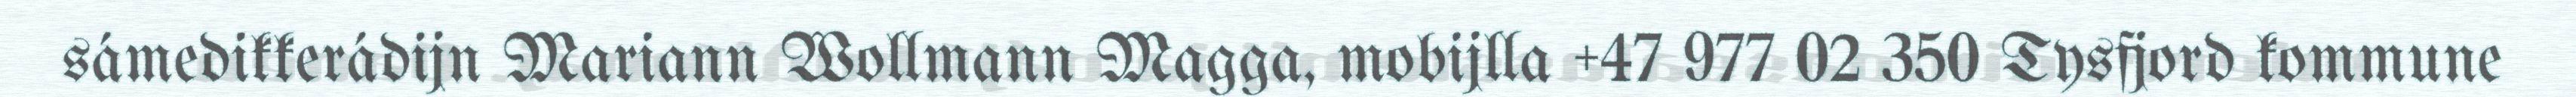
sámedikkerádijn Mariann Wollmann Magga, mobijlla +47 977 02 350 Tysfjord kommune